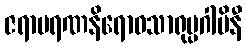
ဇရာမရဏနိရောဓသာရုပ္ပဂါမိနီ